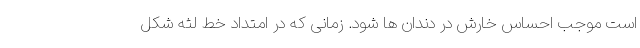
است موجب احساس خارش در دندان ها شود. زمانی که در امتداد خط لثه شکل